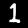
Label: 1